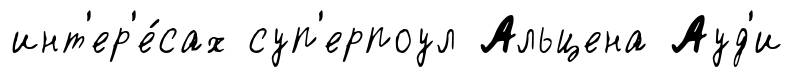
инт'ер'е́сах суп'ерпоул Альцена Ауд'и